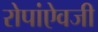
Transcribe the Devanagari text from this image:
रोपांएेवजी